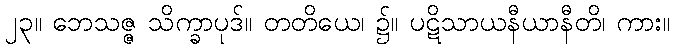
၂၃။ ဘေသဇ္ဇ သိက္ခာပုဒ်။ တတိယေ၊ ၌။ ပဋိသာယနီယာနီတိ၊ ကား။